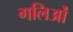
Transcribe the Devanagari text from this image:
गलिओं